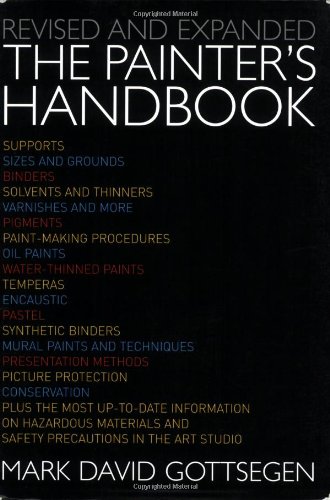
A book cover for Painter's Handbook: Revised and Expanded; Mark David Gottsegen; Reference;